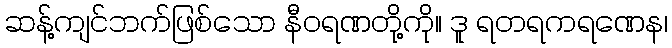
ဆန့်ကျင်ဘက်ဖြစ်သော နီဝရဏတို့ကို။ ဒူ ရတရကရဏေန၊